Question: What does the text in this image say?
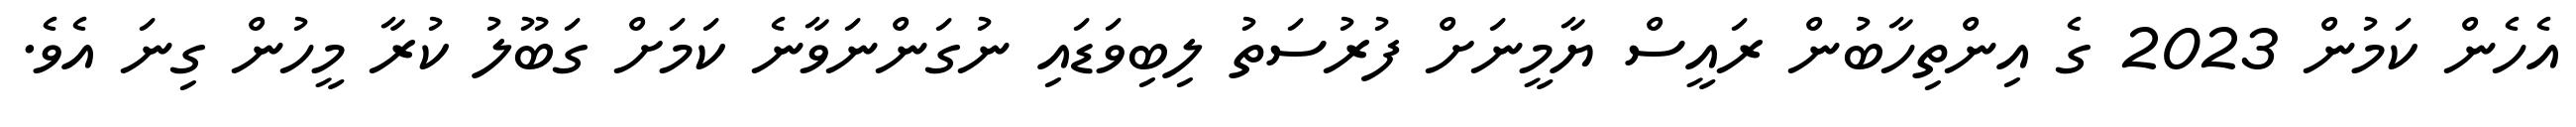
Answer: އެހެން ކަމުން 2023 ގެ އިންތިހާބުން ރައީސް ޔާމީނަށް ފުރުސަތު ލިބިވަޑައި ނުގަންނަވާނެ ކަމަށް ގަބޫލު ކުރާ މީހުން ގިނަ އެވެ.